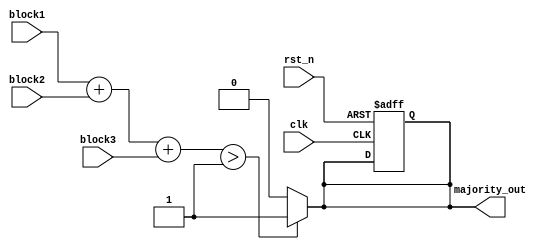
module MajorityVotingDetector (
    input wire clk,              // Clock input
    input wire rst_n,            // Active low reset
    input wire block1,          // Input from memory block 1
    input wire block2,          // Input from memory block 2
    input wire block3,          // Input from memory block 3
    output reg majority_out      // Output for majority value
);

// Combinational logic for majority voting
always @* begin
    // Initialize majority_out
    majority_out = 0;

    // Count the number of 1s among the inputs
    if ((block1 + block2 + block3) > 1) begin
        majority_out = 1;  // More than half are 1s
    end
    // else majority_out remains 0
end

// Synchronous reset (not strictly necessary for combinational logic,
// but included for completeness)
always @(posedge clk or negedge rst_n) begin
    if (!rst_n) begin
        majority_out <= 0; // Reset the output on reset
    end
    // else the output is updated by combinational logic
end

endmodule